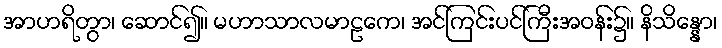
အာဟရိတွာ၊ ဆောင်၍။ မဟာသာလမာဠကေ၊ အင်ကြင်းပင်ကြီးအဝန်း၌။ နိသိန္နော၊